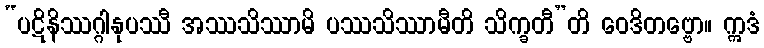
“ပဋိနိဿဂ္ဂါနုပဿီ အဿသိဿာမိ ပဿသိဿာမီတိ သိက္ခတီ”တိ ဝေဒိတဗ္ဗော။ ဣဒံ